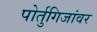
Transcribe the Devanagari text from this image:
पोर्तुगिजांवर